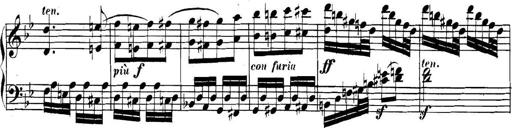
Title: Collected Piano Sonatas
Composer: Muzio Clementi